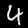
Digit: 4